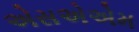
એસએએમ